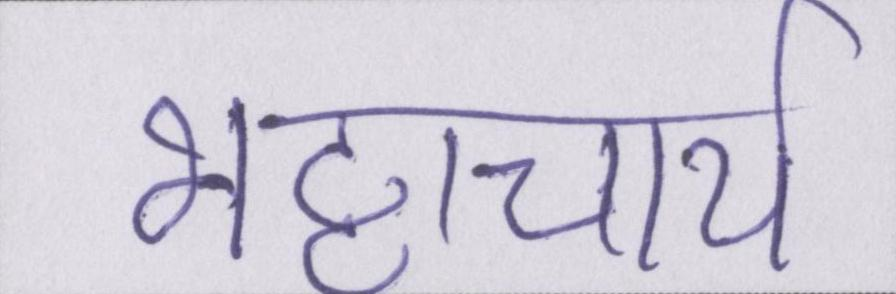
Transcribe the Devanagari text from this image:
भट्टाचार्य